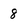
Character: 8